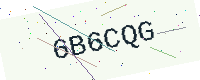
Text: 6B6CQG